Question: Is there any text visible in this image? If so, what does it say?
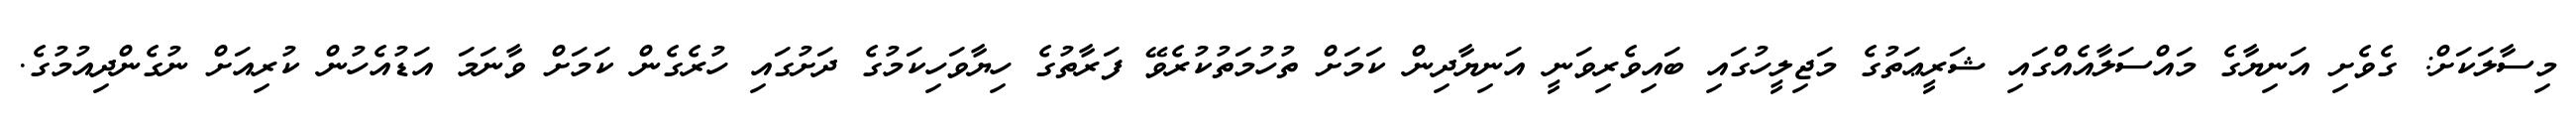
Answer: މިސާލަކަށް: ގެވެށި އަނިޔާގެ މައްސަލާއެއްގައި ޝަރީޢަތުގެ މަޖިލީހުގައި ބައިވެރިވަނީ އަނިޔާދިން ކަމަށް ތުހުމަތުކުރެވޭ ފަރާތުގެ ހިޔާވަހިކަމުގެ ދަށުގައި ހުރެގެން ކަމަށް ވާނަމަ އަޑުއެހުން ކުރިއަށް ނުގެންދިއުމުގެ.